Annual administration report of the Civil Veterinary Department, Ajmere-Merwara, British Rajputana - 1914-1940
Year: 1914
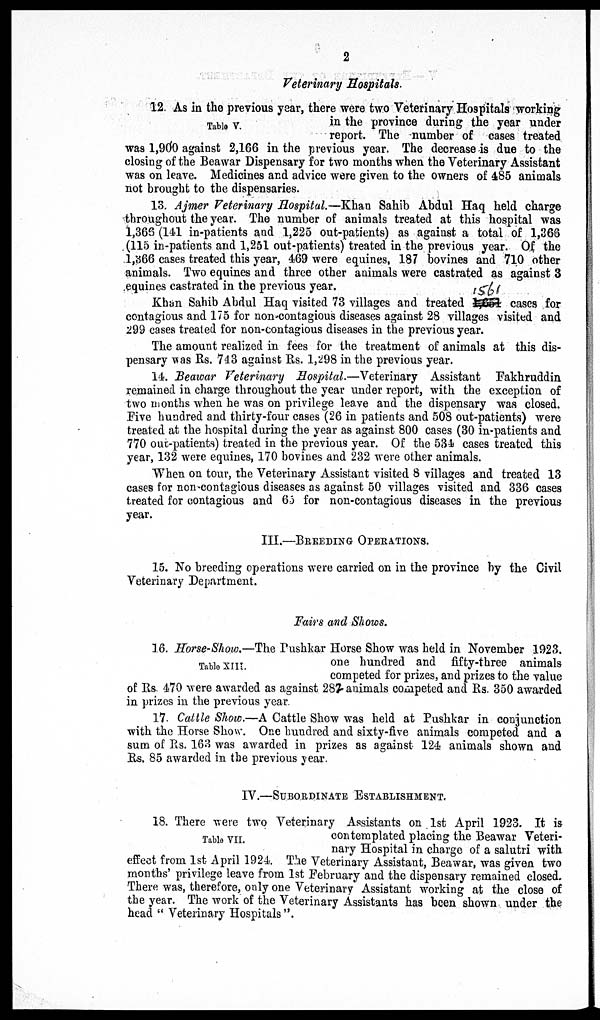
2
Veterinary Hospitals.
Table V.
12. As in the previous year, there were two Veterinary Hospitals working
in the province during the year under
report. The number of cases treated
was 1,900 against 2,166 in the previous year. The decrease is due to the
closing of the Beawar Dispensary for two months when the Veterinary Assistant
was on leave. Medicines and advice were given to the owners of 485 animals
not brought to the dispensaries.
13. Ajmer Veterinary Hospital.—Khan Sahib Abdul Haq held charge
throughout the year. The number of animals treated at this hospital was
1,366 (141 in-patients and 1,225 out-patients) as against a total of 1,366
(115 in-patients and 1,251 out-patients) treated in the previous year. Of the
1,366 cases treated this year, 469 were equines, 187 bovines and 710 other
animals. Two equines and three other animals were castrated as against 3
equines castrated in the previous year.
Khan Sahib Abdul Haq visited 73 villages and treated 1561 cases for
contagious and 175 for non-contagious diseases against 28 villages visited and
299 cases treated for non-contagious diseases in the previous year.
The amount realized in fees for the treatment of animals at this dis-
pensary was Rs. 743 against Rs. 1,298 in the previous year.
14. Beawar Veterinary Hospital.—Veterinary Assistant Fakhruddin
remained in charge throughout the year under report, with the exception of
two months when he was on privilege leave and the dispensary was closed.
Five hundred and thirty-four cases (26 in patients and 508 out-patients) were
treated at the hospital during the year as against 800 cases (30 in-patients and
770 out-patients) treated in the previous year. Of the 534 cases treated this
year, 132 were equines, 170 bovines and 232 were other animals.
When on tour, the Veterinary Assistant visited 8 villages and treated 13
cases for non-contagious diseases as against 50 villages visited and 336 cases
treated for contagious and 65 for non-contagious diseases in the previous
year.
III.—BREEDING OPERATIONS.
15. No breeding operations were carried on in the province by the Civil
Veterinary Department.
Fairs and Shows.
Table XIII.
16. Horse-Show.—The Pushkar Horse Show was held in November 1923.
one hundred and fifty-three animals
competed for prizes, and prizes to the value
of Rs. 470 were awarded as against 287 animals competed and Rs. 350 awarded
in prizes in the previous year.
17. Cattle Show.—A Cattle Show was held at Pushkar in conjunction
with the Horse Show. One hundred and sixty-five animals competed and a
sum of Rs. 163 was awarded in prizes as against 124 animals shown and
Rs. 85 awarded in the previous year.
IV.—SUBORDINATE ESTABLISHMENT.
Table VII.
18. There were two Veterinary Assistants on 1st April 1923. It is
contemplated placing the Beawar Veteri-
nary Hospital in charge of a salutri with
effect from 1st April 1924. The Veterinary Assistant, Beawar, was given two
months' privilege leave from 1st February and the dispensary remained closed.
There was, therefore, only one Veterinary Assistant working at the close of
the year. The work of the Veterinary Assistants has been shown under the
head "Veterinary Hospitals".